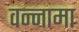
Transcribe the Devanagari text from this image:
वन्नामा